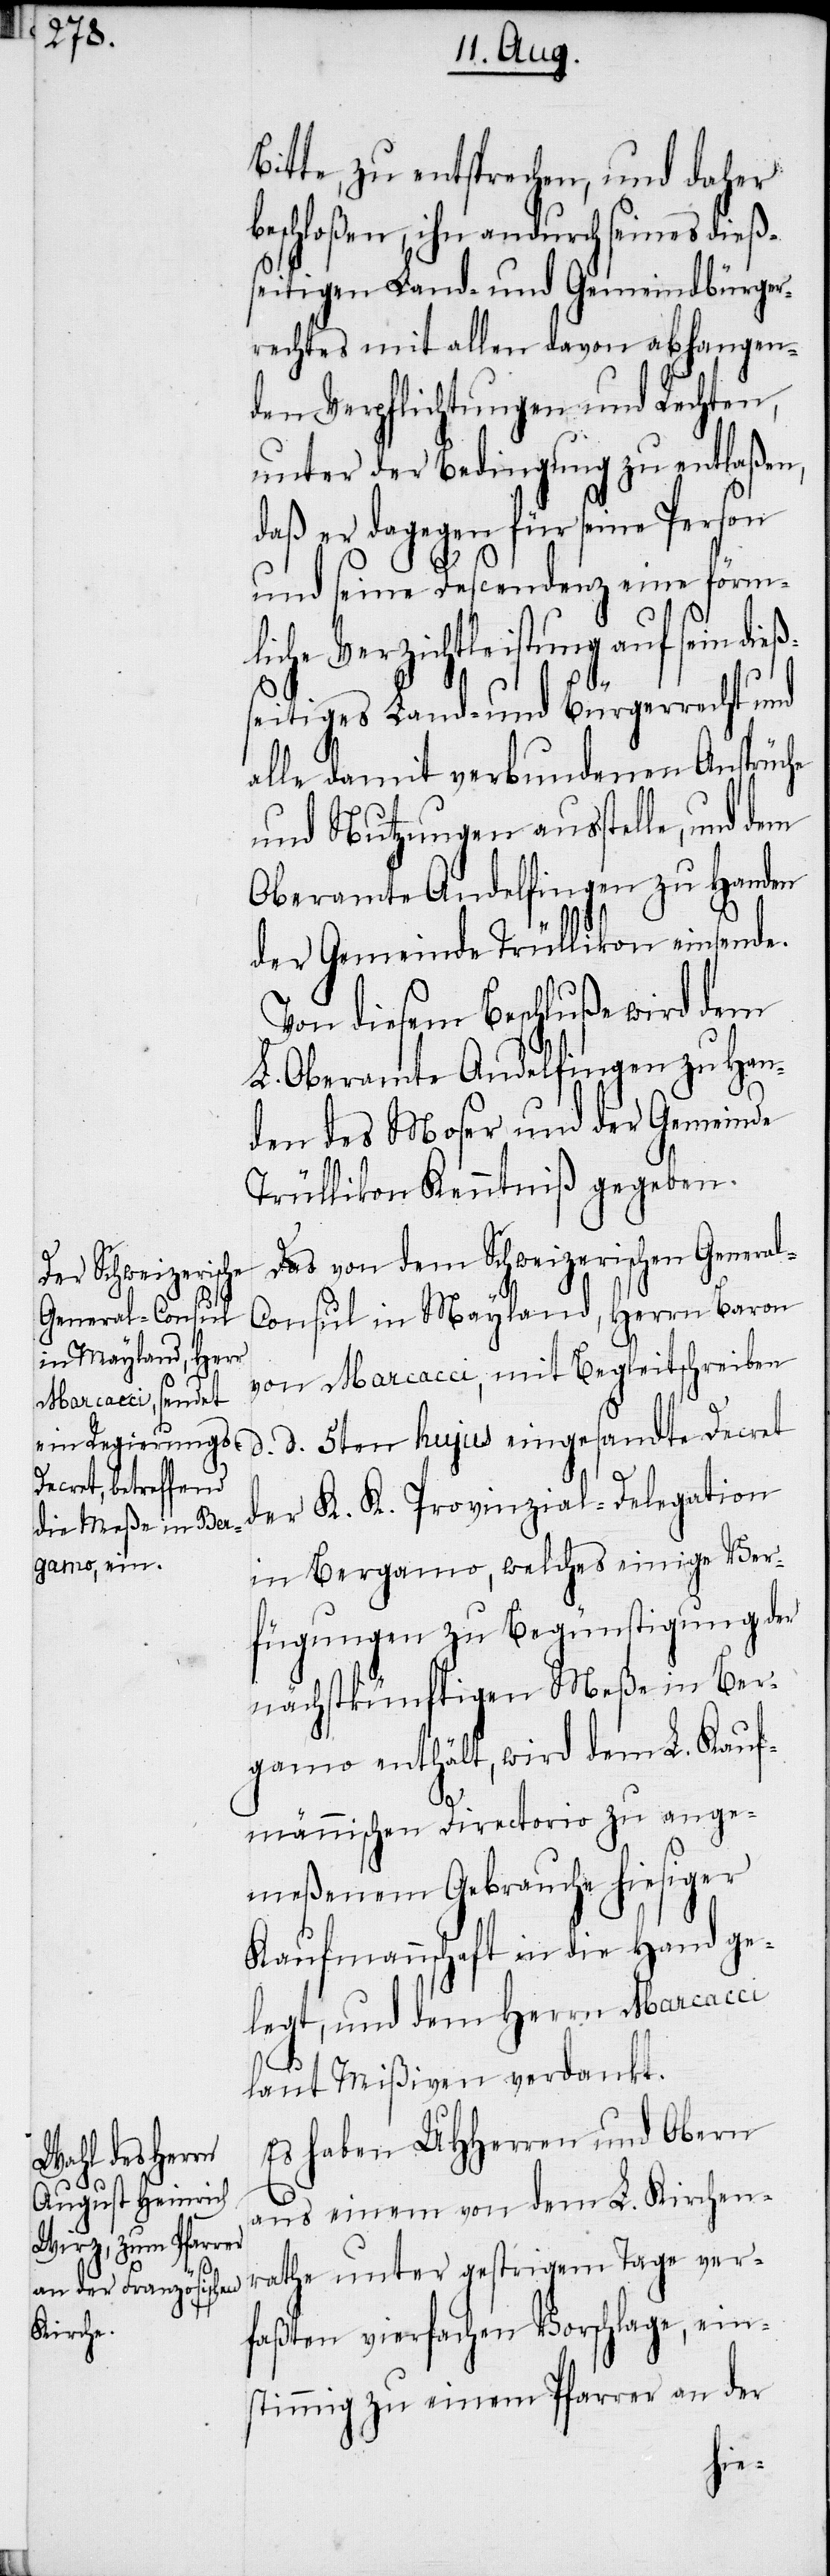
Bitte, zu entsprechen, und daher
eschloßen, ihn andurch seines dießs¬
eitigen Land- und Gemeindbürger¬
rechtes mit allen davon abhangen¬
den Verpflichtungen und Rechten,
unter der Bedingung zu entlaßen,
daß er dagegen für seine Person
und seine Descendenz eine förm¬
liche Verzichtleistung auf sein die¬
seitiges Land- und Bürgerrecht und
alle damit verbundenen Ansprüche
und Nutzungen ausstelle, und dem
Oberamte Andelfingen zu Handen
der Gemeinde Trüllikon einsende.
Von diesem Beschluße wird dem
L. Oberamte Andelfingen zu Han¬
den des Moser und der Gemeinde
Trüllikon Kenntniß gegeben.
Das von dem Schweizerischen General-C¬
onsul in Mayland, Herrn Baron
von Marcacci, mit Begleitschreiben
d. d. 5ten hujus eingesandte Decret
ß¬
der K. K. Provinzial-Delegation
in Bergamo, welches einige Ver¬
fügungen zu Begünstigung der
nächstkünftigen Meße in Ber¬
gamo enthält, wird dem L. Kauf¬
männischen Directorio zu ange¬
meßenem Gebrauche hiesiger
Kaufmannschaft in die Hand ge¬
legt, und dem Herrn Marcacci
laut Mißiven verdankt.
Es haben UHHerren und Obern
aus einem von dem L. Kirchen¬
rathe unter gestrigem Tage ver¬
faßten vierfachen Vorschlage, ein¬
stimmig zu einem Pfarrer an der